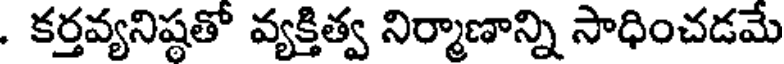
. కర్తవ్యనిష్ఠతో వ్యక్తిత్వ నిర్మాణాన్ని సాధించడమే